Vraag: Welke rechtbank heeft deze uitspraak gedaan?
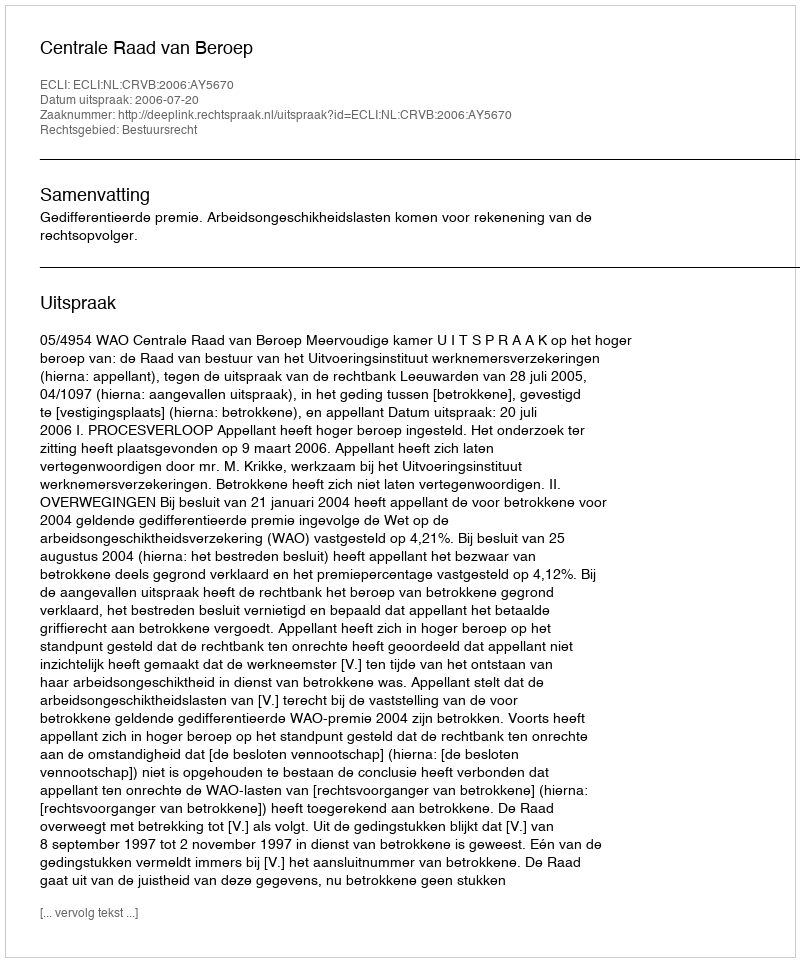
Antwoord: Centrale Raad van Beroep